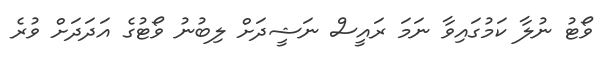
ވޯޓު ނުލާ ކަމުގައިވާ ނަމަ ރައީސް ނަޝީދަށް ލިބުނު ވޯޓުގެ އަދަދަށް ވުރެ